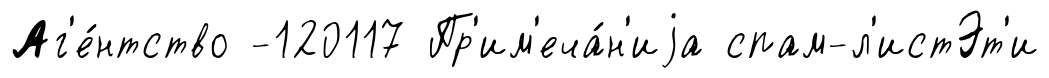
Аг'е́нтство -120117 Пр'им'еча́н'иjа спам-л'истЭт'и